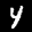
Label: 4